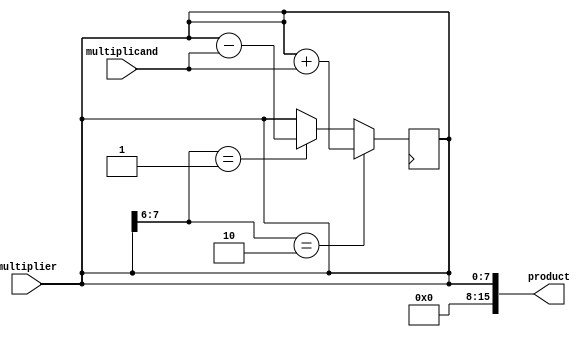
module booth_multiplier(
  input [7:0] multiplicand,
  input [7:0] multiplier,
  output reg [15:0] product
);

reg [7:0] a;
reg [7:0] s;
reg [3:0] counter;

always @(*) begin
  a = multiplicand;
  s = multiplier;
  counter = 4'b0000;
end

always @(posedge clk) begin
  if (counter == 4'b0000) begin
    if ({s[7], s[6]} == 2'b10) begin
      s <= s + a;
    end else if ({s[7], s[6]} == 2'b01) begin
      s <= s - a;
    end
  end else begin
    s <= {s[6:0], s[7]};
  end

  counter <= counter + 1;
end

assign product = s;

endmodule